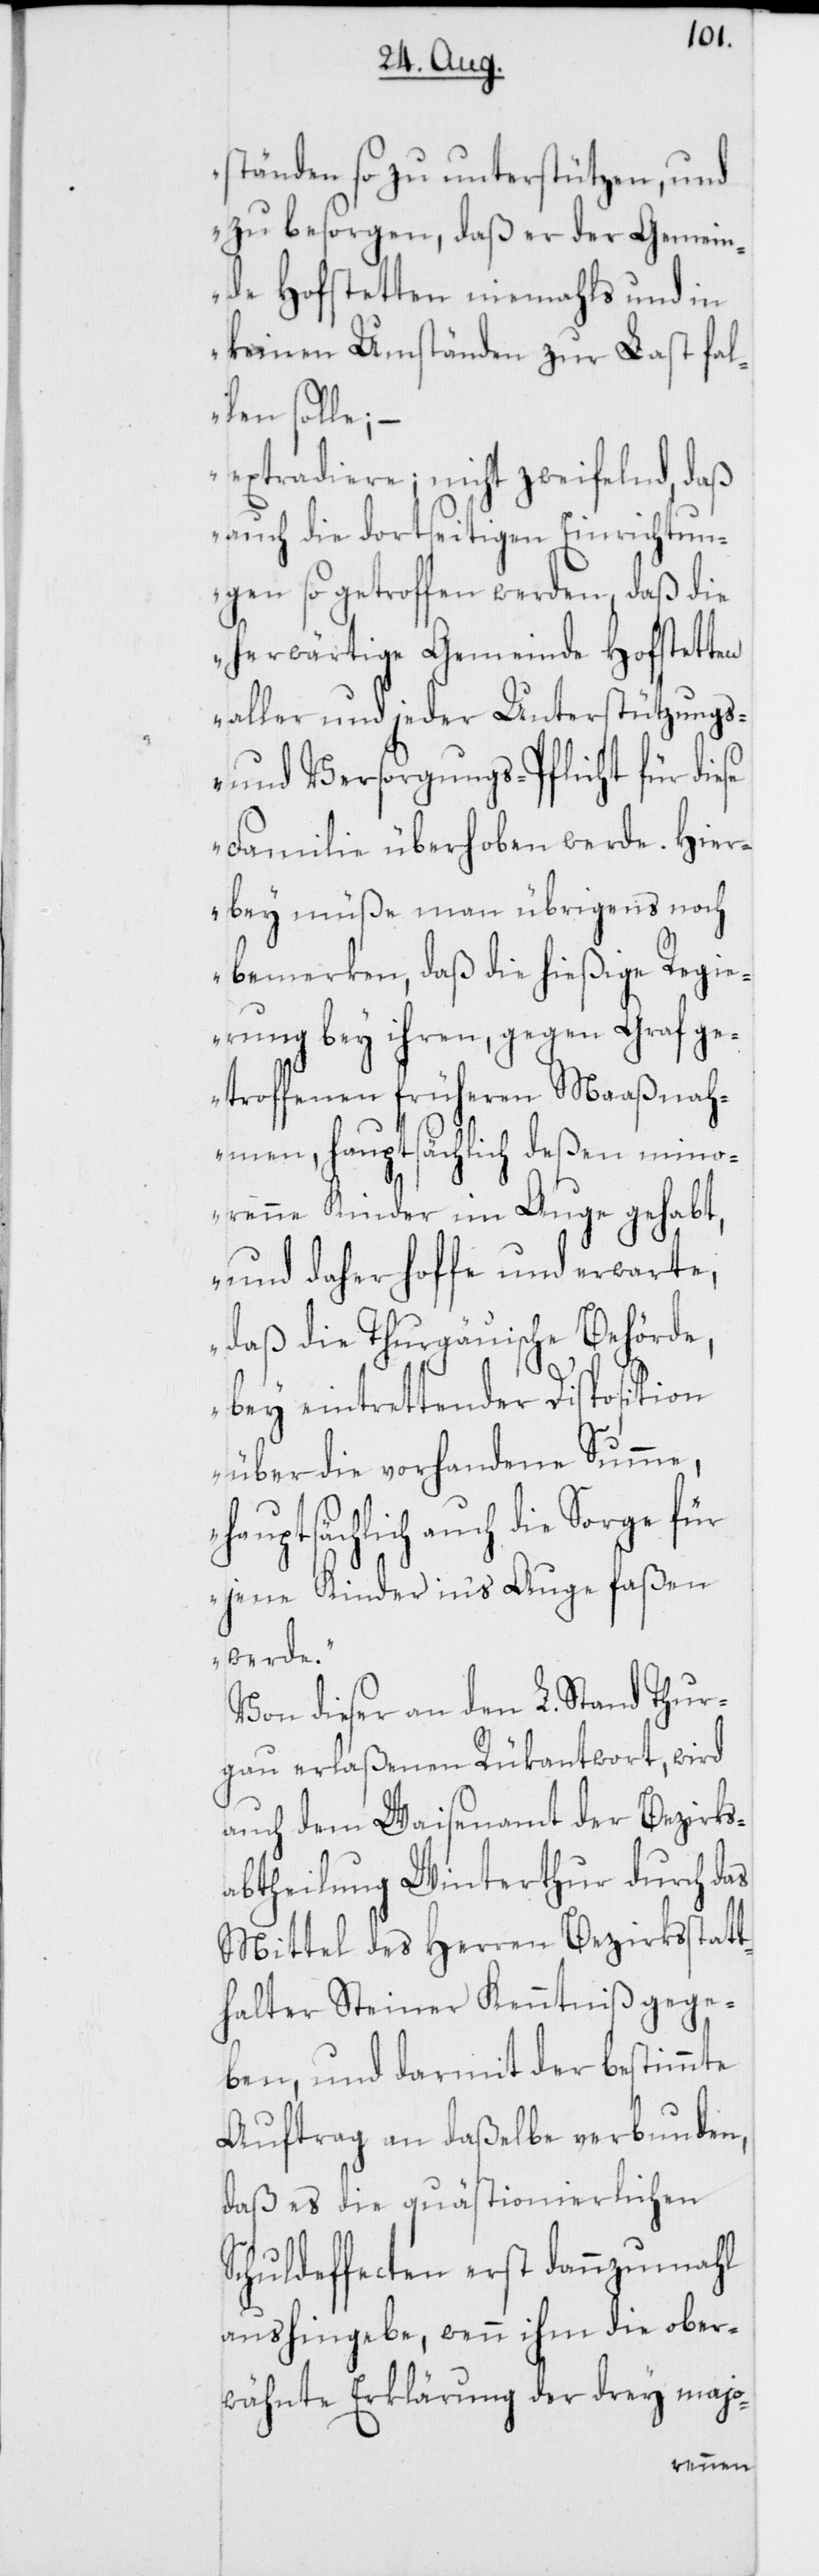
ständen so zu unterstützen, und
zu besorgen, daß er der Gemein¬
de Hofstetten niemahls und in
keinen Umständen zur Last fal¬
len solle; –
extradiere; nicht zweifelnd, daß
auch die dortseitigen Einrichtun¬
gen so getroffen werden, daß die
herwärtige Gemeinde Hofstetten
aller und jeder Unterstützungs-
und Versorgungs-Pflicht für die¬
se Familie überhoben werde. Hier¬
bey müße man übrigens noch
bemerken, daß die hießige Regie¬
rung bey ihren, gegen Graf ge¬
troffenen früheren Maaßnah¬
men, hauptsächlich deßen mino¬
renne Kinder im Auge gehabt,
und daher hoffe und erwarte,
daß die Thurgäuische Behörde,
bey eintrettender Disposition
über die vorhandene Summe,
hauptsächlich auch die Sorge für
jene Kinder in's Auge faßen
werde.“
Von dieser an den L. Stand Thur¬
gau erlaßenen Rükantwort, wird
auch dem Waisenamt der Bezirks¬
abtheilung Winterthur durch das
Mittel des Herren Bezirksstatt¬
halter Steiner Kenntniß gege¬
ben, und darmit der bestimmte
Auftrag an daßelbe verbunden,
daß es die quästionierlichen
Schuldeffecten erst dannzumahl
aushingebe, wenn ihm die ober¬
wähnte Erklärung der drey majo-